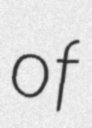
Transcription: of